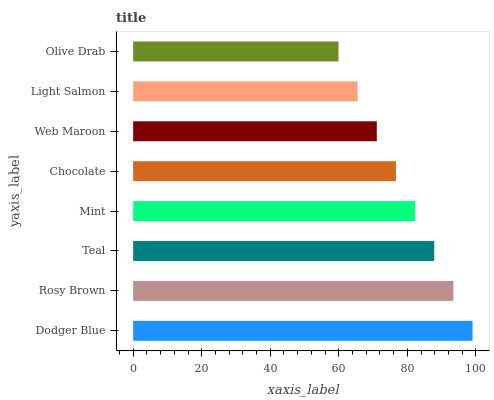
| yaxis_label | bars |
 | --- | --- |
 | Dodger Blue | 99 |
 | Rosy Brown | 93.4 |
 | Teal | 87.8 |
 | Mint | 82.2 |
 | Chocolate | 76.7 |
 | Web Maroon | 71.1 |
 | Light Salmon | 65.5 |
 | Olive Drab | 59.9 |